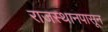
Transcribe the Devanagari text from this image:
राजस्थानपासून